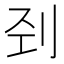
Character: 刭